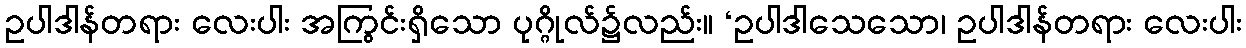
ဥပါဒါန်တရား လေးပါး အကြွင်းရှိသော ပုဂ္ဂိုလ်၌လည်း။ ‘ဥပါဒါသေသော၊ ဥပါဒါန်တရား လေးပါး